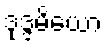
ဒုဒ္ဒမိယော